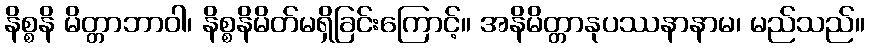
နိစ္စနိ မိတ္တာဘာဝါ၊ နိစ္စနိမိတ်မရှိခြင်းကြောင့်။ အနိမိတ္တာနုပဿနာနာမ၊ မည်သည်။